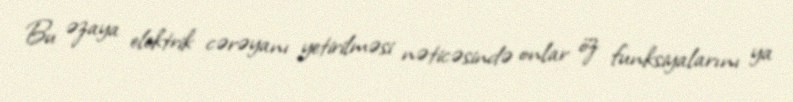
Bu əzaya elektrik cərəyanı yetirilməsi nəticəsində onlar öz funksiyalarını ya